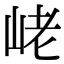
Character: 峔